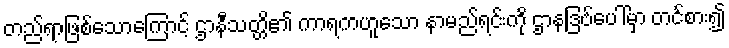
တည်ရာဖြစ်သောကြောင့် ဌာနီသတ္တိ၏ ကာရကဟူသော နာမည်ရင်းကို ဌာနဒြဗ်ပေါ်မှာ တင်စား၍